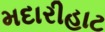
મદારીહાટ